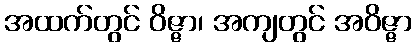
အထက်တွင် ဝိဇ္ဇာ၊ အကျတွင် အဝိဇ္ဇာ